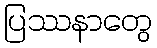
ပြဿနာတွေ